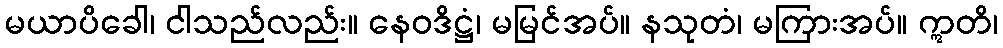
မယာပိခေါ၊ ငါသည်လည်း။ နေဝဒိဋ္ဌံ၊ မမြင်အပ်။ နသုတံ၊ မကြားအပ်။ ဣတိ၊